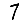
Digit: 7